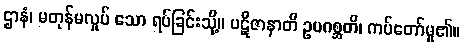
ဌာနံ၊ မတုန်မလှုပ် သော ရပ်ခြင်းသို့။ ပဋိဇာနာတိ ဥပဂစ္ဆတိ၊ ကပ်တော်မူ၏။